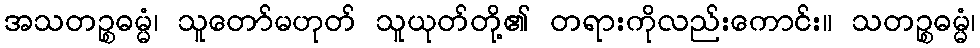
အသတဉ္စဓမ္မံ၊ သူတော်မဟုတ် သူယုတ်တို့၏ တရားကိုလည်းကောင်း။ သတဉ္စဓမ္မံ၊